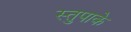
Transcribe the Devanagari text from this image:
स्तुपाके